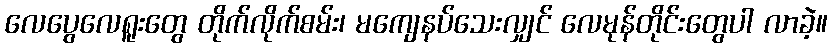
လေပွေလေရူးတွေ တိုက်လိုက်စမ်း၊ မကျေနပ်သေးလျှင် လေမုန်တိုင်းတွေပါ လာခဲ့။